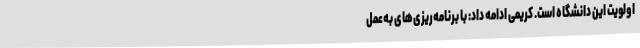
اولویت این دانشگاه است. کریمی ادامه داد: با برنامه‌ریزی‌های به‌عمل